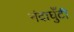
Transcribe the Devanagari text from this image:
नंदाघुँटी